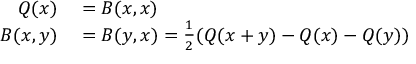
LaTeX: \begin{array} { r l } { Q ( x ) } & { { } = B ( x , x ) } \\ { B ( x , y ) } & { { } = B ( y , x ) = { \frac { 1 } { 2 } } ( Q ( x + y ) - Q ( x ) - Q ( y ) ) } \end{array}